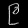
Digit: ၉